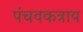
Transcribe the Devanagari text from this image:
पंचवकत्राय